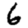
Digit: 6